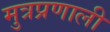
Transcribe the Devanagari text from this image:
मुत्रप्रणाली